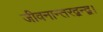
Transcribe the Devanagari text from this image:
जीवनान्तरद्वन्द्व।